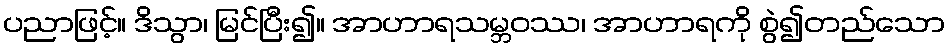
ပညာဖြင့်။ ဒိသွာ၊ မြင်ပြီး၍။ အာဟာရသမ္ဘဝဿ၊ အာဟာရကို စွဲ၍တည်သော